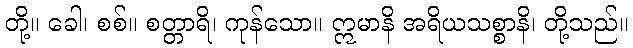
တို့။ ခေါ၊ စစ်။ စတ္တာရိ၊ ကုန်သော။ ဣမာနိ အရိယသစ္စာနိ၊ တို့သည်။